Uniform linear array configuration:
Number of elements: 16
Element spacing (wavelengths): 0.5
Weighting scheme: hamming
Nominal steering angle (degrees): -45
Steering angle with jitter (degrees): -45.308
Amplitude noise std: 0.05
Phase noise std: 0.05

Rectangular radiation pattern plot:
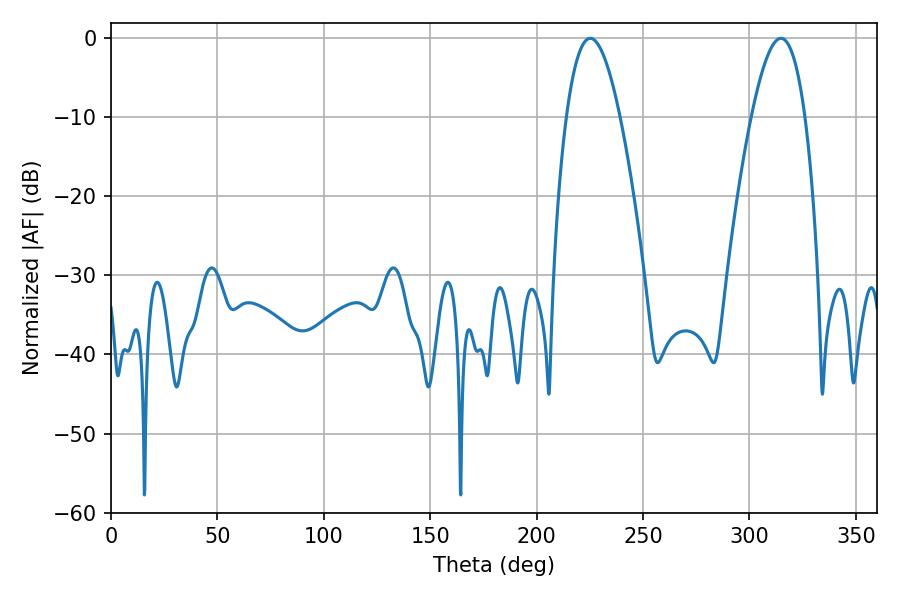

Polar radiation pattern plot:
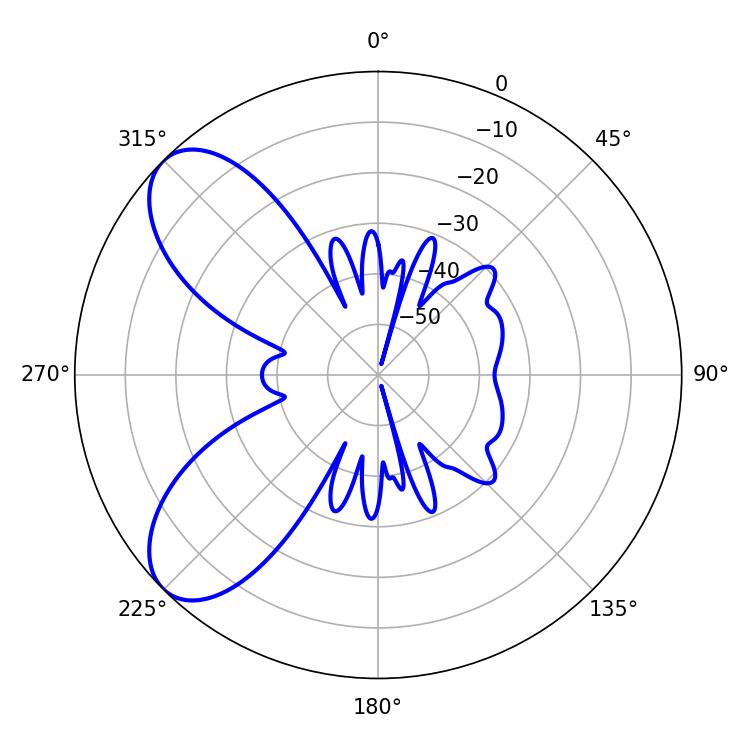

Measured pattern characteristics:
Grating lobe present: FALSE
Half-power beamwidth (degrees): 13.86
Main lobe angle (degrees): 225.18